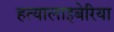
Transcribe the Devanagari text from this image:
हत्यालाइबेरिया